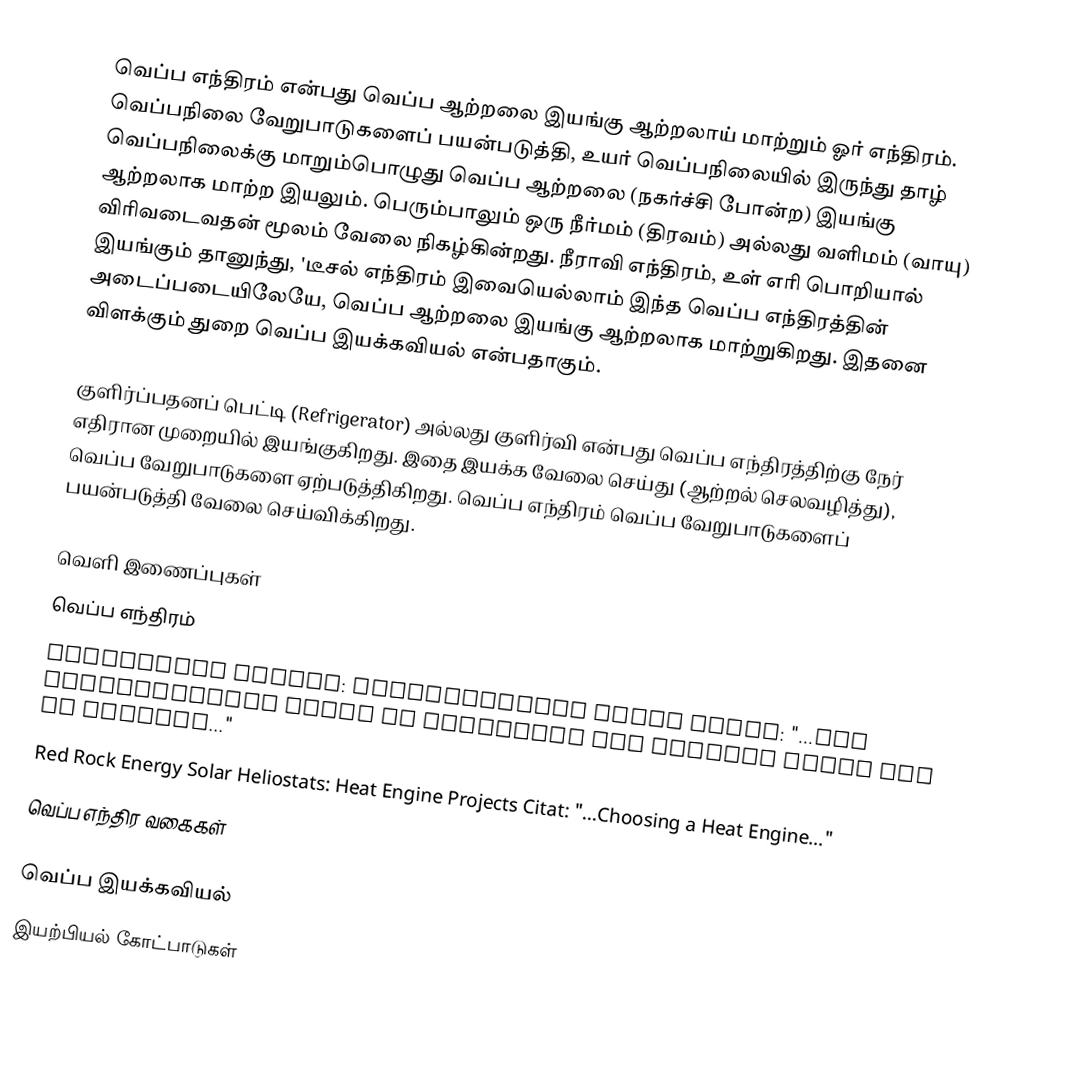
வெப்ப எந்திரம் என்பது வெப்ப ஆற்றலை இயங்கு ஆற்றலாய் மாற்றும் ஓர் எந்திரம். வெப்பநிலை வேறுபாடுகளைப் பயன்படுத்தி, உயர் வெப்பநிலையில் இருந்து தாழ் வெப்பநிலைக்கு மாறும்பொழுது வெப்ப ஆற்றலை (நகர்ச்சி போன்ற) இயங்கு ஆற்றலாக மாற்ற இயலும். பெரும்பாலும் ஒரு நீர்மம் (திரவம்) அல்லது வளிமம் (வாயு) விரிவடைவதன் மூலம் வேலை நிகழ்கின்றது. நீராவி எந்திரம், உள் எரி பொறியால் இயங்கும் தானுந்து, 'டீசல் எந்திரம் இவையெல்லாம் இந்த வெப்ப எந்திரத்தின் அடைப்படையிலேயே, வெப்ப ஆற்றலை இயங்கு ஆற்றலாக மாற்றுகிறது.  இதனை விளக்கும் துறை வெப்ப இயக்கவியல் என்பதாகும்.

குளிர்ப்பதனப் பெட்டி (Refrigerator) அல்லது குளிர்வி என்பது வெப்ப எந்திரத்திற்கு நேர் எதிரான முறையில் இயங்குகிறது. இதை இயக்க வேலை செய்து (ஆற்றல் செலவழித்து), வெப்ப வேறுபாடுகளை ஏற்படுத்திகிறது. வெப்ப எந்திரம் வெப்ப வேறுபாடுகளைப் பயன்படுத்தி வேலை செய்விக்கிறது.

வெளி இணைப்புகள்
வெப்ப எந்திரம்
Webarchive backup: Refrigeration Cycle Citat: "...The refrigeration cycle is basically the Rankine cycle run in reverse..."
Red Rock Energy Solar Heliostats: Heat Engine Projects Citat: "...Choosing a Heat Engine..."
வெப்ப எந்திர வகைகள்

வெப்ப இயக்கவியல்
இயற்பியல் கோட்பாடுகள்